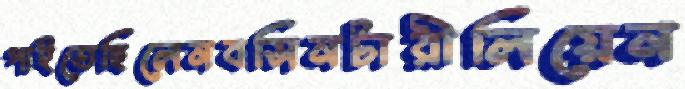
পাইতেছিলেনবসিনটারীলিয়েন